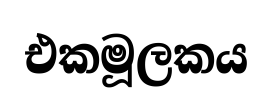
එකමූලකය